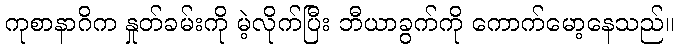
ကုစာနာဂိက နှုတ်ခမ်းကို မဲ့လိုက်ပြီး ဘီယာခွက်ကို ကောက်မော့နေသည်။